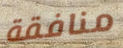
منافقة